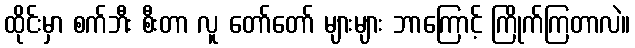
ထိုင်းမှာ စက်ဘီး စီးတာ လူ တော်တော် များများ ဘာကြောင့် ကြိုက်ကြတာလဲ။